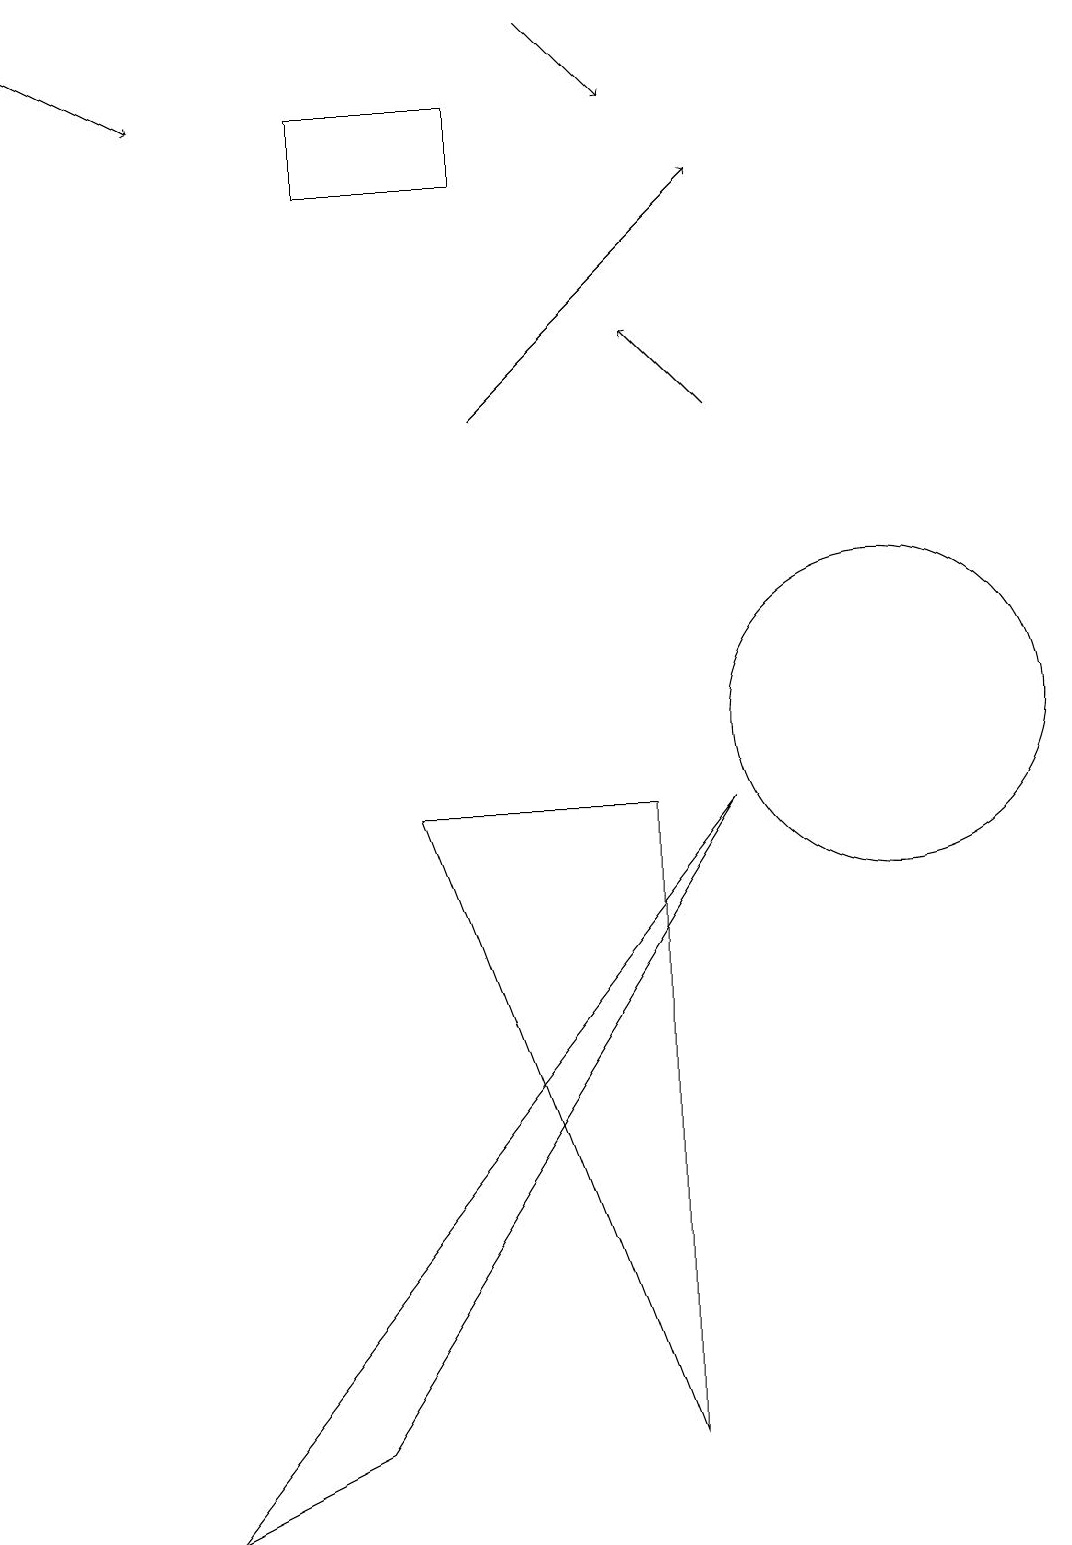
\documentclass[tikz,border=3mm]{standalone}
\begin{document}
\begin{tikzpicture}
\draw (11,10) circle (2);
\draw[->] (6,14) -- (9,17);
\draw[->] (0,19) -- (2,18);
\draw (4,1) -- (2,0) -- (9,9) -- cycle;
\draw[->] (7,19) -- (8,18);
\draw (8,1) -- (8,9) -- (5,9) -- cycle;
\draw[->] (9,14) -- (8,15);
\draw (6,17) rectangle (4,18);
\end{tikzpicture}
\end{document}